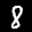
Label: 8